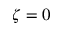
\zeta = 0